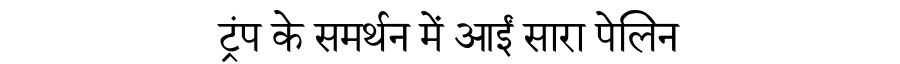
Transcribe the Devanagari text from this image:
ट्रंप के समर्थन में आईं सारा पेलिन